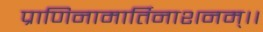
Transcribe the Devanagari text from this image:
प्राणिनामार्तिनाशनम्।।